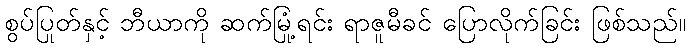
စွပ်ပြုတ်နှင့် ဘီယာကို ဆက်မြုံ့ရင်း ရာဇူမီခင် ပြောလိုက်ခြင်း ဖြစ်သည်။